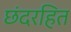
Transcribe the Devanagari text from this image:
छंदरहित